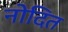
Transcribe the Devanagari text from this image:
नोदित